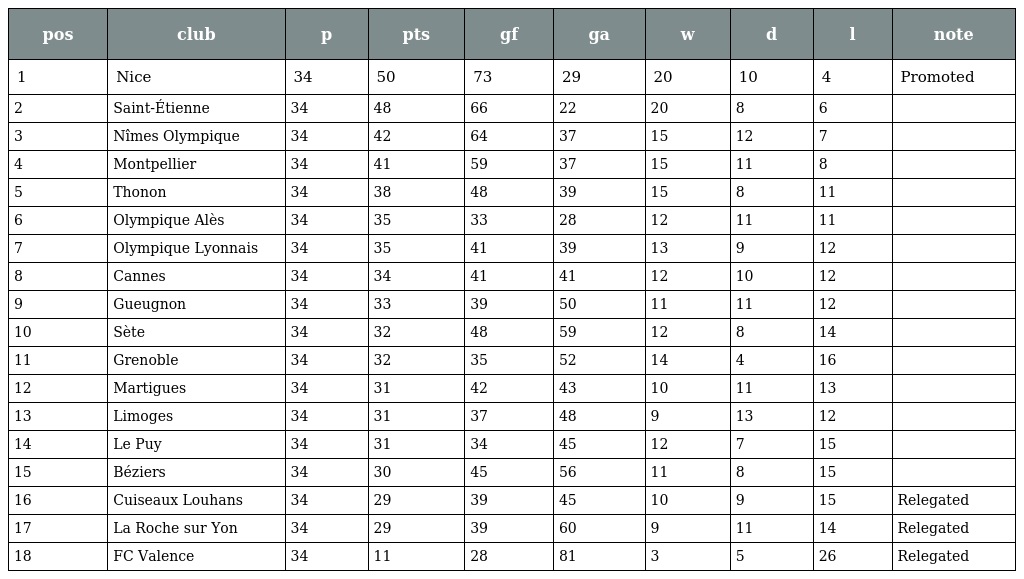
| pos | club | p | pts | gf | ga | w | d | l | note |
 | --- | --- | --- | --- | --- | --- | --- | --- | --- | --- |
 | 1 | Nice | 34 | 50 | 73 | 29 | 20 | 10 | 4 | Promoted |
 | 2 | Saint-Étienne | 34 | 48 | 66 | 22 | 20 | 8 | 6 |  |
 | 3 | Nîmes Olympique | 34 | 42 | 64 | 37 | 15 | 12 | 7 |  |
 | 4 | Montpellier | 34 | 41 | 59 | 37 | 15 | 11 | 8 |  |
 | 5 | Thonon | 34 | 38 | 48 | 39 | 15 | 8 | 11 |  |
 | 6 | Olympique Alès | 34 | 35 | 33 | 28 | 12 | 11 | 11 |  |
 | 7 | Olympique Lyonnais | 34 | 35 | 41 | 39 | 13 | 9 | 12 |  |
 | 8 | Cannes | 34 | 34 | 41 | 41 | 12 | 10 | 12 |  |
 | 9 | Gueugnon | 34 | 33 | 39 | 50 | 11 | 11 | 12 |  |
 | 10 | Sète | 34 | 32 | 48 | 59 | 12 | 8 | 14 |  |
 | 11 | Grenoble | 34 | 32 | 35 | 52 | 14 | 4 | 16 |  |
 | 12 | Martigues | 34 | 31 | 42 | 43 | 10 | 11 | 13 |  |
 | 13 | Limoges | 34 | 31 | 37 | 48 | 9 | 13 | 12 |  |
 | 14 | Le Puy | 34 | 31 | 34 | 45 | 12 | 7 | 15 |  |
 | 15 | Béziers | 34 | 30 | 45 | 56 | 11 | 8 | 15 |  |
 | 16 | Cuiseaux Louhans | 34 | 29 | 39 | 45 | 10 | 9 | 15 | Relegated |
 | 17 | La Roche sur Yon | 34 | 29 | 39 | 60 | 9 | 11 | 14 | Relegated |
 | 18 | FC Valence | 34 | 11 | 28 | 81 | 3 | 5 | 26 | Relegated |